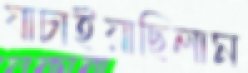
যাচাইয়াছিলাম